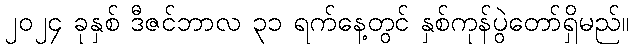
၂၀၂၄ ခုနှစ် ဒီဇင်ဘာလ ၃၁ ရက်နေ့တွင် နှစ်ကုန်ပွဲတော်ရှိမည်။